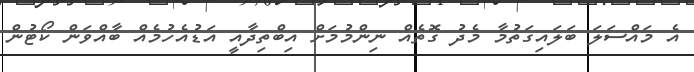
އެ މައްސަލަ ބަލައިގަތުމާ މެދު ގޮތެއް ނިންމުމަށް އިބްތިދާއީ އަޑުއެހުމެއް ބާއްވަން ކޯޓުން